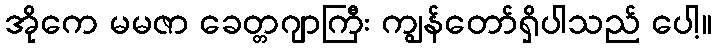
အိုကေ မမဇာ ခေတ္တဂျာကြီး ကျွန်တော်ရှိပါသည် ပေါ့။